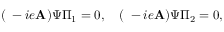
( \mathbf { \nabla } - i e \mathbf { A } ) \Psi \Pi _ { 1 } = 0 , \quad ( \mathbf { \nabla } - i e \mathbf { A } ) \Psi \Pi _ { 2 } = 0 ,